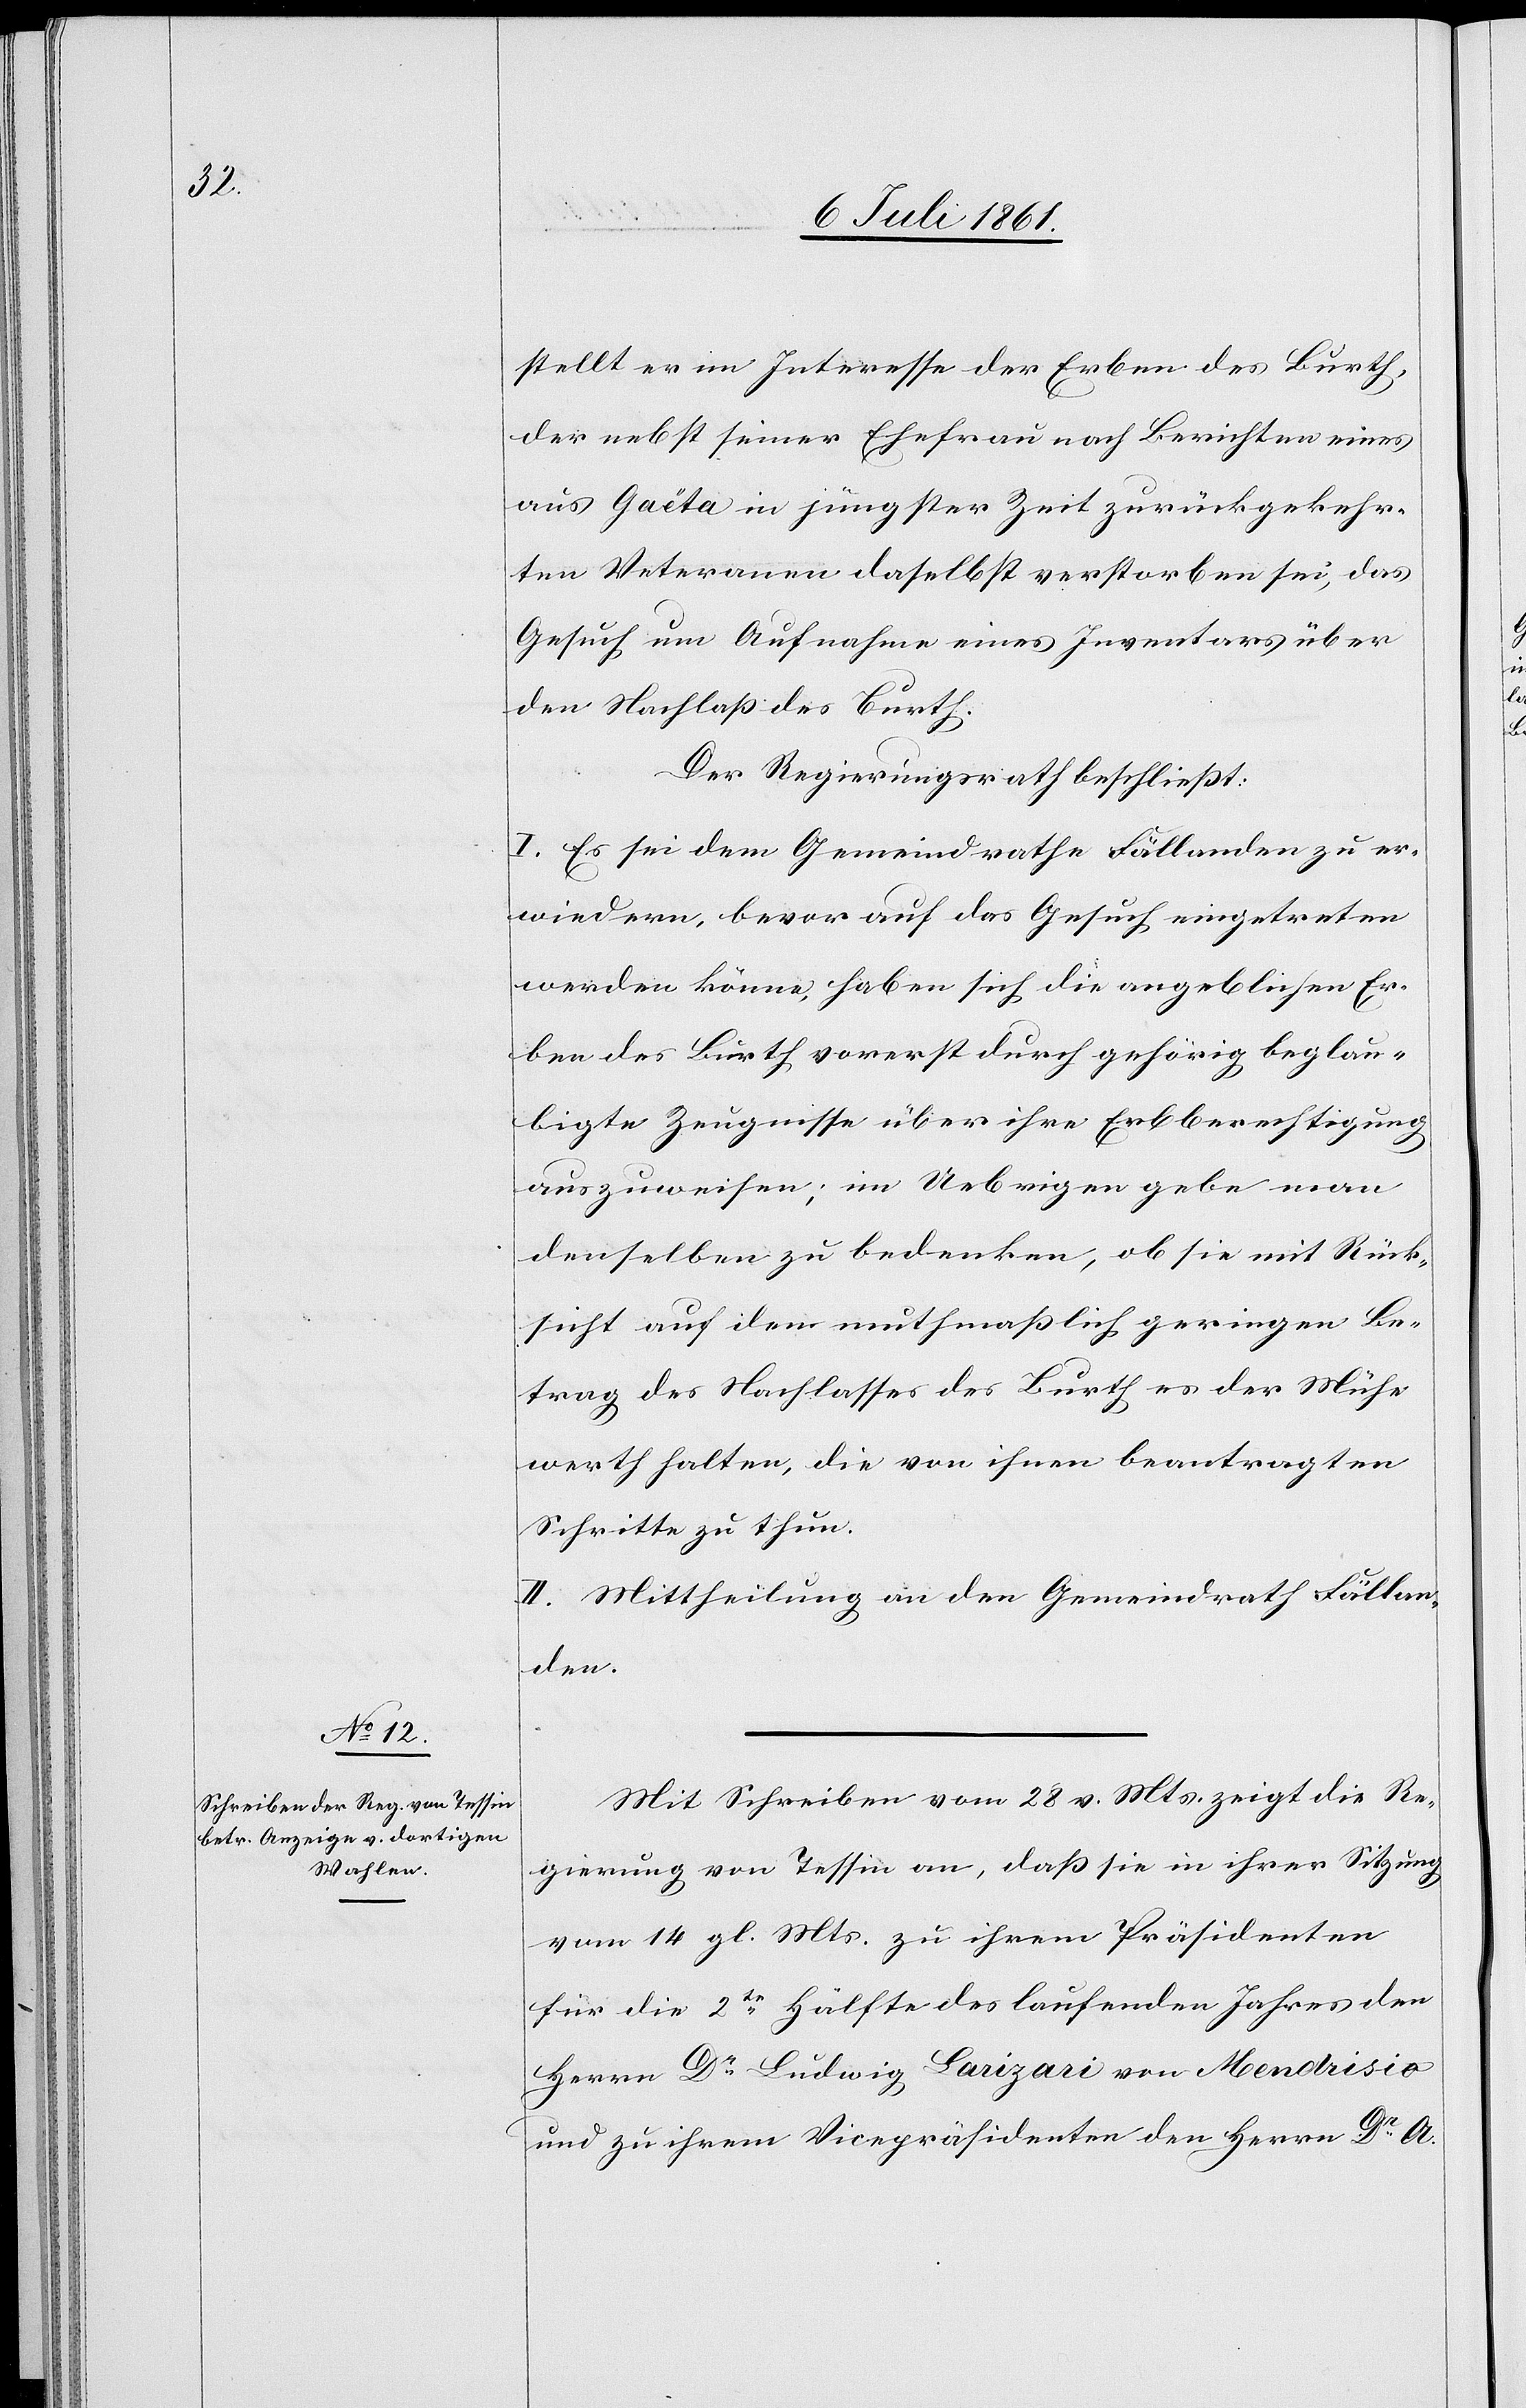
stellt er im Interesse der Erben des Burth,
der nebst seiner Ehefrau nach Berichten eines
aus Gaëta in jüngster Zeit zurückgekehr¬
ten Veteranen daselbst verstorben sei, das
Gesuch um Aufnahme eines Inventars über
den Nachlaß des Burth.
Der Regierungsrath beschließt:
I. Es sei dem Gemeindrathe Fällanden zu er¬
wiedern, bevor auf das Gesuch eingetreten
werden könne, haben sich die angeblichen Er¬
ben des Burth vorerst durch gehörig beglau¬
bigte Zeugnisse über ihre Erbberechtigung
auszuweisen; im Uebrigen gebe man
denselben zu bedenken, ob sie mit Rück¬
sicht auf den muthmaßlich geringen Be¬
trag des Nachlasses des Burth es der Mühe
werth halten, die von ihnen beantragten
Schritte zu thun.
II. Mittheilung an den Gemeindrath Fällan¬
den.
Mit Schreiben vom 28 v. Mts. zeigt die Re¬
gierung von Tessin an, daß sie in ihrer Sitzung
vom 14 gl. Mts. zu ihrem Präsidenten
für die 2te Hälfte des laufenden Jahres den
Herrn Dr Ludwig Larizari von Mendrisio
und zu ihrem Vicepräsidenten den Herrn Dr A.